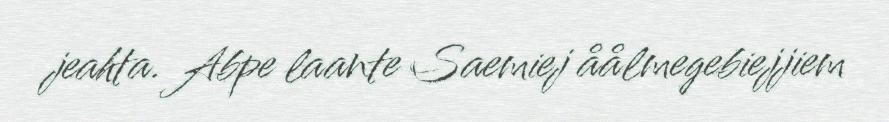
jeahta. Abpe laante Saemiej åålmegebiejjiem